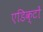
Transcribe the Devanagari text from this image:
एडिक्टों